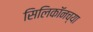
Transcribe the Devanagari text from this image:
सिलिकॉनच्या